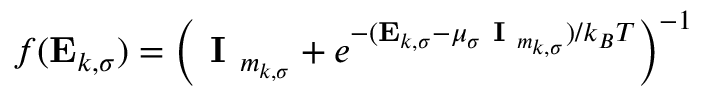
f ( \mathbf { E } _ { k , \sigma } ) = \left( \textbf { I } _ { m _ { k , \sigma } } + e ^ { - ( \mathbf { E } _ { k , \sigma } - \mu _ { \sigma } \textbf { I } _ { m _ { k , \sigma } } ) / k _ { B } T } \right) ^ { - 1 }